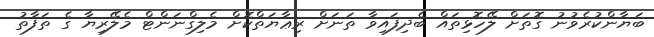
ބަޔާންކުރެވުނު ގޮތަށް ލޭހޮޅިތައް ބެދިފައިވާ ތަނަށް ރިޢާޔަތްކޮށް މެލިގްނަންޓް މެލޭރިޔާ ގެ ތަފާތު